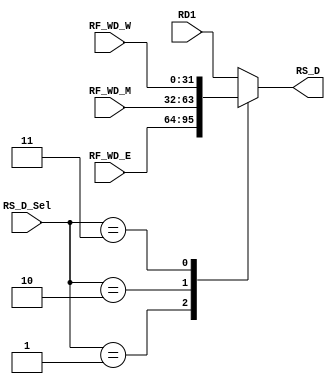
module RS_D_MUX(RS_D_Sel,RD1,RF_WD_E,RF_WD_M,RF_WD_W,RS_D);
//input
    input [31:0] RS_D_Sel;

    input [31:0] RD1;
    input [31:0] RF_WD_E;
    input [31:0] RF_WD_M;
    input [31:0] RF_WD_W;

//output
    output reg [31:0] RS_D;

//logic
    parameter E=1,
              M=2,
              W=3;

    always @(*)
        begin
            RS_D=RD1;
            case(RS_D_Sel)
                E:RS_D=RF_WD_E;
                M:RS_D=RF_WD_M;
                W:RS_D=RF_WD_W;
            endcase
        end

endmodule

module RT_D_MUX(RT_D_Sel,RD2,RF_WD_E,RF_WD_M,RF_WD_W,RT_D);
//input
    input [31:0] RT_D_Sel;

    input [31:0] RD2;
    input [31:0] RF_WD_E;
    input [31:0] RF_WD_M;
    input [31:0] RF_WD_W;

//output
    output reg [31:0] RT_D;

//logic
    parameter E=1,
              M=2,
              W=3;

    always @(*)
        begin
            RT_D=RD2;
            case(RT_D_Sel)
                E:RT_D=RF_WD_E;
                M:RT_D=RF_WD_M;
                W:RT_D=RF_WD_W;
            endcase
        end

endmodule

module RS_E_MUX(RS_E_Sel,V1_E,RF_WD_M,RF_WD_W,RS_E);
//input
    input [31:0] RS_E_Sel;

    input [31:0] V1_E;
    input [31:0] RF_WD_M;
    input [31:0] RF_WD_W;

//output
    output reg [31:0] RS_E;

//logic
    parameter E=1,
              M=2,
              W=3;

    always @(*)
        begin
            RS_E=V1_E;
            case(RS_E_Sel)
                M:RS_E=RF_WD_M;
                W:RS_E=RF_WD_W;
            endcase
        end

endmodule

module RT_E_MUX(RT_E_Sel,V2_E,RF_WD_M,RF_WD_W,RT_E);
//input
    input [31:0] RT_E_Sel;

    input [31:0] V2_E;
    input [31:0] RF_WD_M;
    input [31:0] RF_WD_W;

//output
    output reg [31:0] RT_E;

//logic
    parameter E=1,
              M=2,
              W=3;

    always @(*)
        begin
            RT_E=V2_E;
            case(RT_E_Sel)
                M:RT_E=RF_WD_M;
                W:RT_E=RF_WD_W;
            endcase
        end

endmodule

module RS_M_MUX(RS_M_Sel,V1_M,RF_WD_W,RS_M);
//input
    input [31:0] RS_M_Sel;

    input [31:0] V1_M;
    input [31:0] RF_WD_W;

//output
    output reg [31:0] RS_M;

//logic
    parameter E=1,
              M=2,
              W=3;

    always @(*)
        begin
            RS_M=V1_M;
            case(RS_M_Sel)
                W:RS_M=RF_WD_W;
            endcase
        end

endmodule

module RT_M_MUX(RT_M_Sel,V2_M,RF_WD_W,RT_M);
//input
    input [31:0] RT_M_Sel;

    input [31:0] V2_M;
    input [31:0] RF_WD_W;

//output
    output reg [31:0] RT_M;

//logic
    parameter E=1,
              M=2,
              W=3;

    always @(*)
        begin
            RT_M=V2_M;
            case(RT_M_Sel)
                W:RT_M=RF_WD_W;
            endcase
        end

endmodule